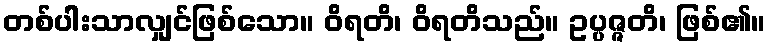
တစ်ပါးသာလျှင်ဖြစ်သော။ ဝိရတိ၊ ဝိရတိသည်။ ဥပ္ပဇ္ဇတိ၊ ဖြစ်၏။